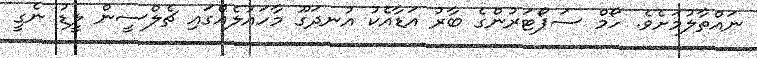
ނައްތާލުމަށެވެ. ހޯމް ސަޕޯޓަރުންގެ ބާރު އަޑާއެކު އުނދަގޫ މާހައުލެއްގައި ޗެލްސީން ލީޑު ނެގީ